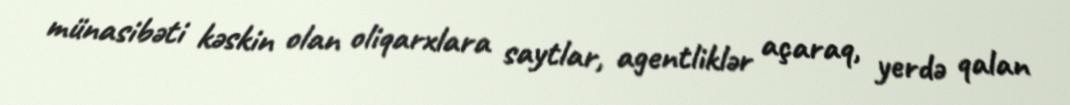
münasibəti kəskin olan oliqarxlara saytlar, agentliklər açaraq, yerdə qalan